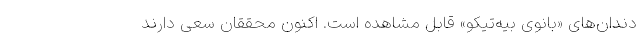
دندان‌های «بانوی بیه‌تیکو» قابل مشاهده است. اکنون محققان سعی دارند